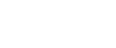
သဗ္ဗောဃံ